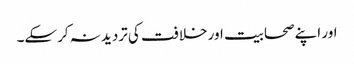
اور اپنے صحابیت اور خلافت کی تردید نہ کرسکے۔